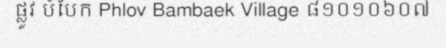
ផ្លូវ បំបែក Phlov Bambaek Village ៨១០១០៦០៧